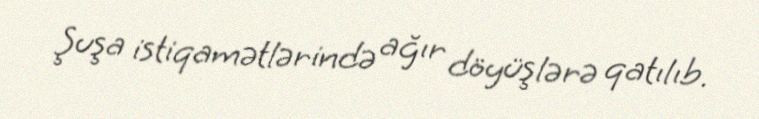
Şuşa istiqamətlərində ağır döyüşlərə qatılıb.